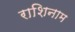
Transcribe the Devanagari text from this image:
राशिनाम